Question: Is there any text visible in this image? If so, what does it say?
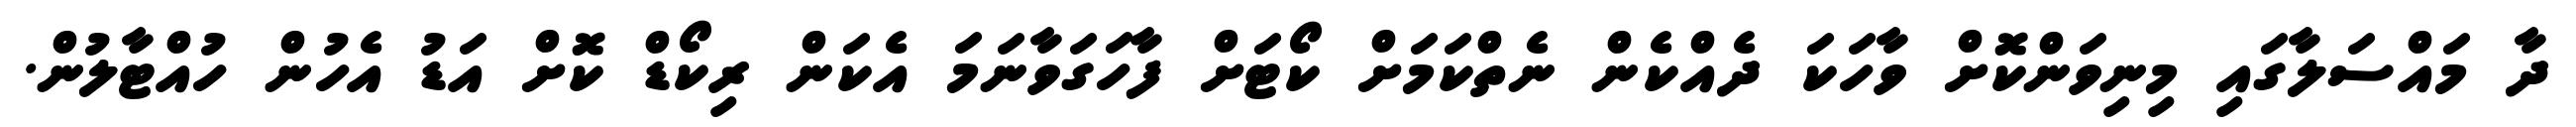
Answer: ދާ މައްސަލާގައި މިނިވަންކޮށް ވާހަކަ ދެއްކެން ނެތްކަމަށް ކޯޓަށް ފާހަގަވާނަމަ އެކަން ރިކޯޑް ކޮށް އަޑު އެހުން ހުއްޓާލުން.